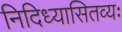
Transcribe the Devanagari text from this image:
निदिध्यासितव्यः